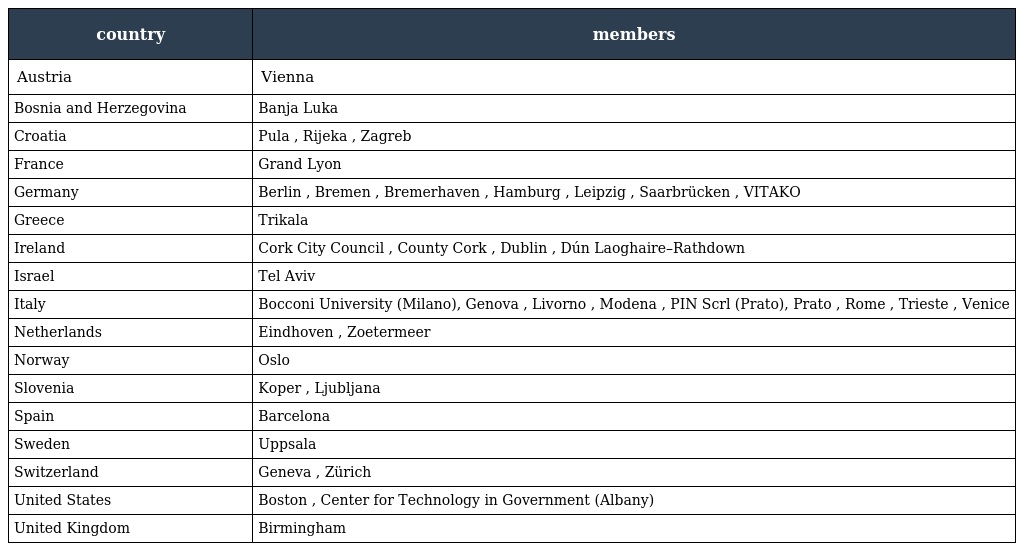
| country | members |
 | --- | --- |
 | Austria | Vienna |
 | Bosnia and Herzegovina | Banja Luka |
 | Croatia | Pula , Rijeka , Zagreb |
 | France | Grand Lyon |
 | Germany | Berlin , Bremen , Bremerhaven , Hamburg , Leipzig , Saarbrücken , VITAKO |
 | Greece | Trikala |
 | Ireland | Cork City Council , County Cork , Dublin , Dún Laoghaire–Rathdown |
 | Israel | Tel Aviv |
 | Italy | Bocconi University (Milano), Genova , Livorno , Modena , PIN Scrl (Prato), Prato , Rome , Trieste , Venice |
 | Netherlands | Eindhoven , Zoetermeer |
 | Norway | Oslo |
 | Slovenia | Koper , Ljubljana |
 | Spain | Barcelona |
 | Sweden | Uppsala |
 | Switzerland | Geneva , Zürich |
 | United States | Boston , Center for Technology in Government (Albany) |
 | United Kingdom | Birmingham |